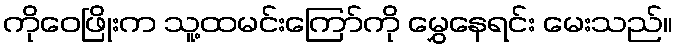
ကိုဝေဖြိုးက သူ့ထမင်းကြော်ကို မွှေနေရင်း မေးသည်။